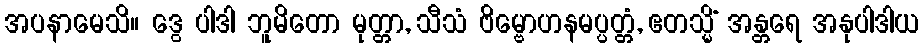
အပနာမေသိ။ ဒွေ ပါဒါ ဘူမိတော မုတ္တာ, သီသံ ဗိမ္ဗောဟနမပ္ပတ္တံ, ဧတသ္မိံ အန္တရေ အနုပါဒါယ